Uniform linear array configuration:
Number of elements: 48
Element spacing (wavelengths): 0.5
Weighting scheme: kaiser
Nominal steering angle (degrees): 15
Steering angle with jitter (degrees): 13.903
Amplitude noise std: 0.05
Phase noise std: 0.05

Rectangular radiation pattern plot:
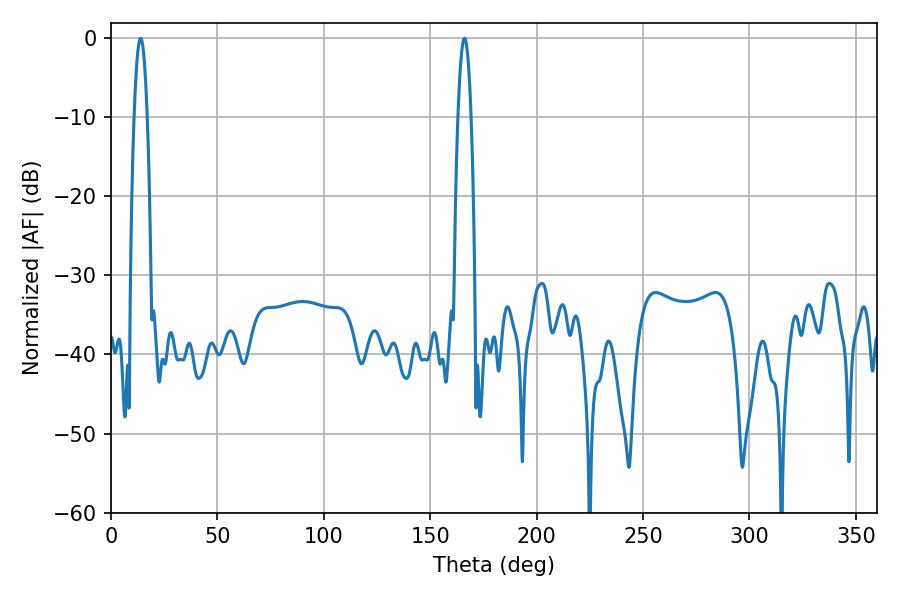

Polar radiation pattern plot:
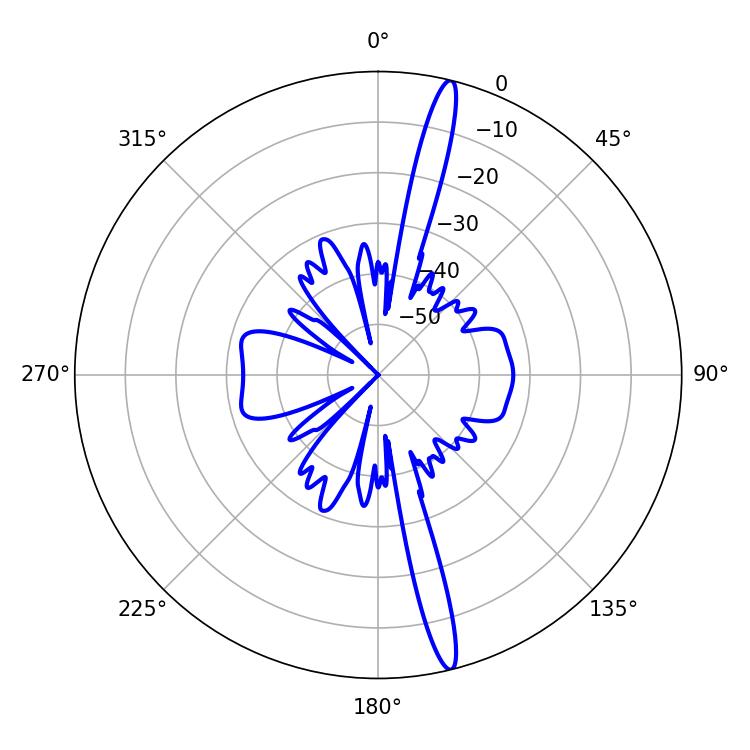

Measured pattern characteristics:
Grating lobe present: FALSE
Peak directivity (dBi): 18.121
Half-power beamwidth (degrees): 3.42
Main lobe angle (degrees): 13.86